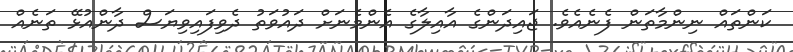
ކަންތައް ނިންމާތަން ފެނެއެވެ. ޖައިދަންގެ އާއިލާގެ އެންމެނަށް ދައުވަތު ދެވިފައިވިޔަސް ދާންއުޅޭ ތަނެއް